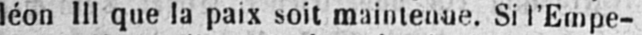
léon III que la paix soit maintenue. Si l’Empe-